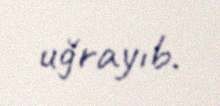
uğrayıb.